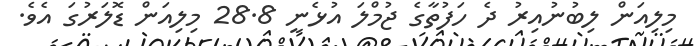
މިލިއަން ލިބުނުއިރު ދެ ހަފުތާގެ ޖުމްލަ އުޅެނީ 28.8 މިލިއަން ޑޮލަރުގަ އެވެ.